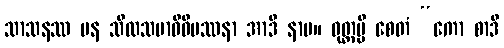
သာသနဿ ပန သီလသမာဓိဝိပဿနာ အာဒိ နာမ။ ဝုတ္တမ္ပိ စေတံ “ကော စာဒိ